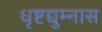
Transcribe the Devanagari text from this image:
धृष्टद्युम्नास